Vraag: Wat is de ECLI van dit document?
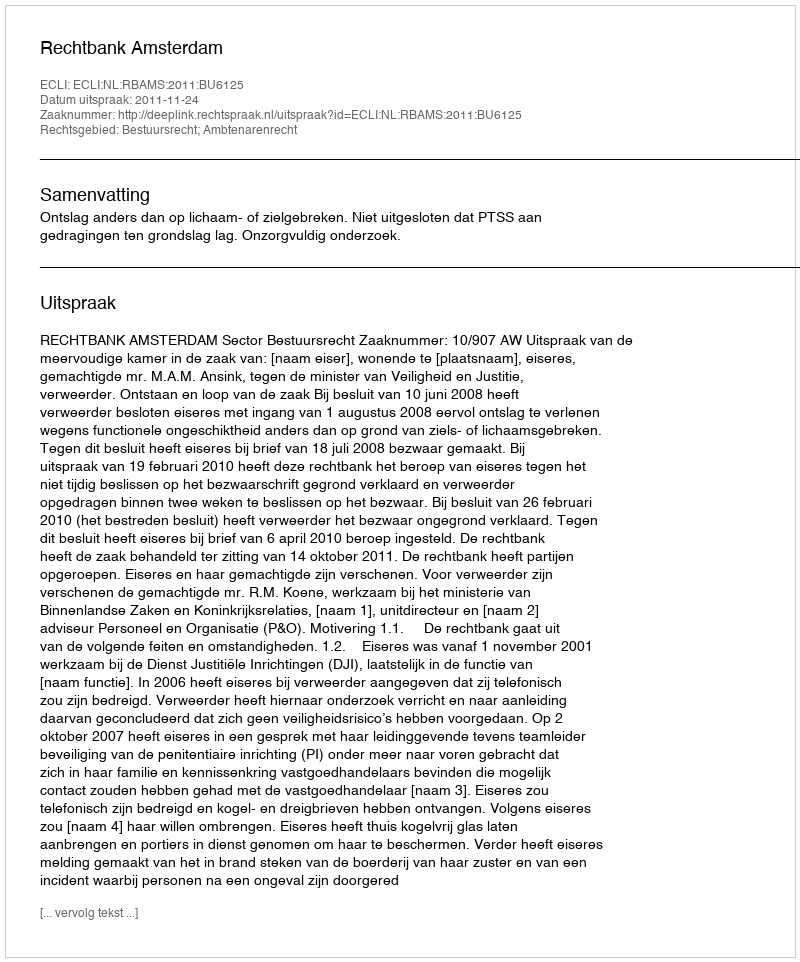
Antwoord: ECLI:NL:RBAMS:2011:BU6125